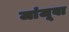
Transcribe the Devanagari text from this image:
जांजूवा